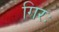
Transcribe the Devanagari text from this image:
गिरः